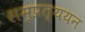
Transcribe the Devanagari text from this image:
सम्प्रत्ययन